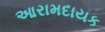
આરામદાયક